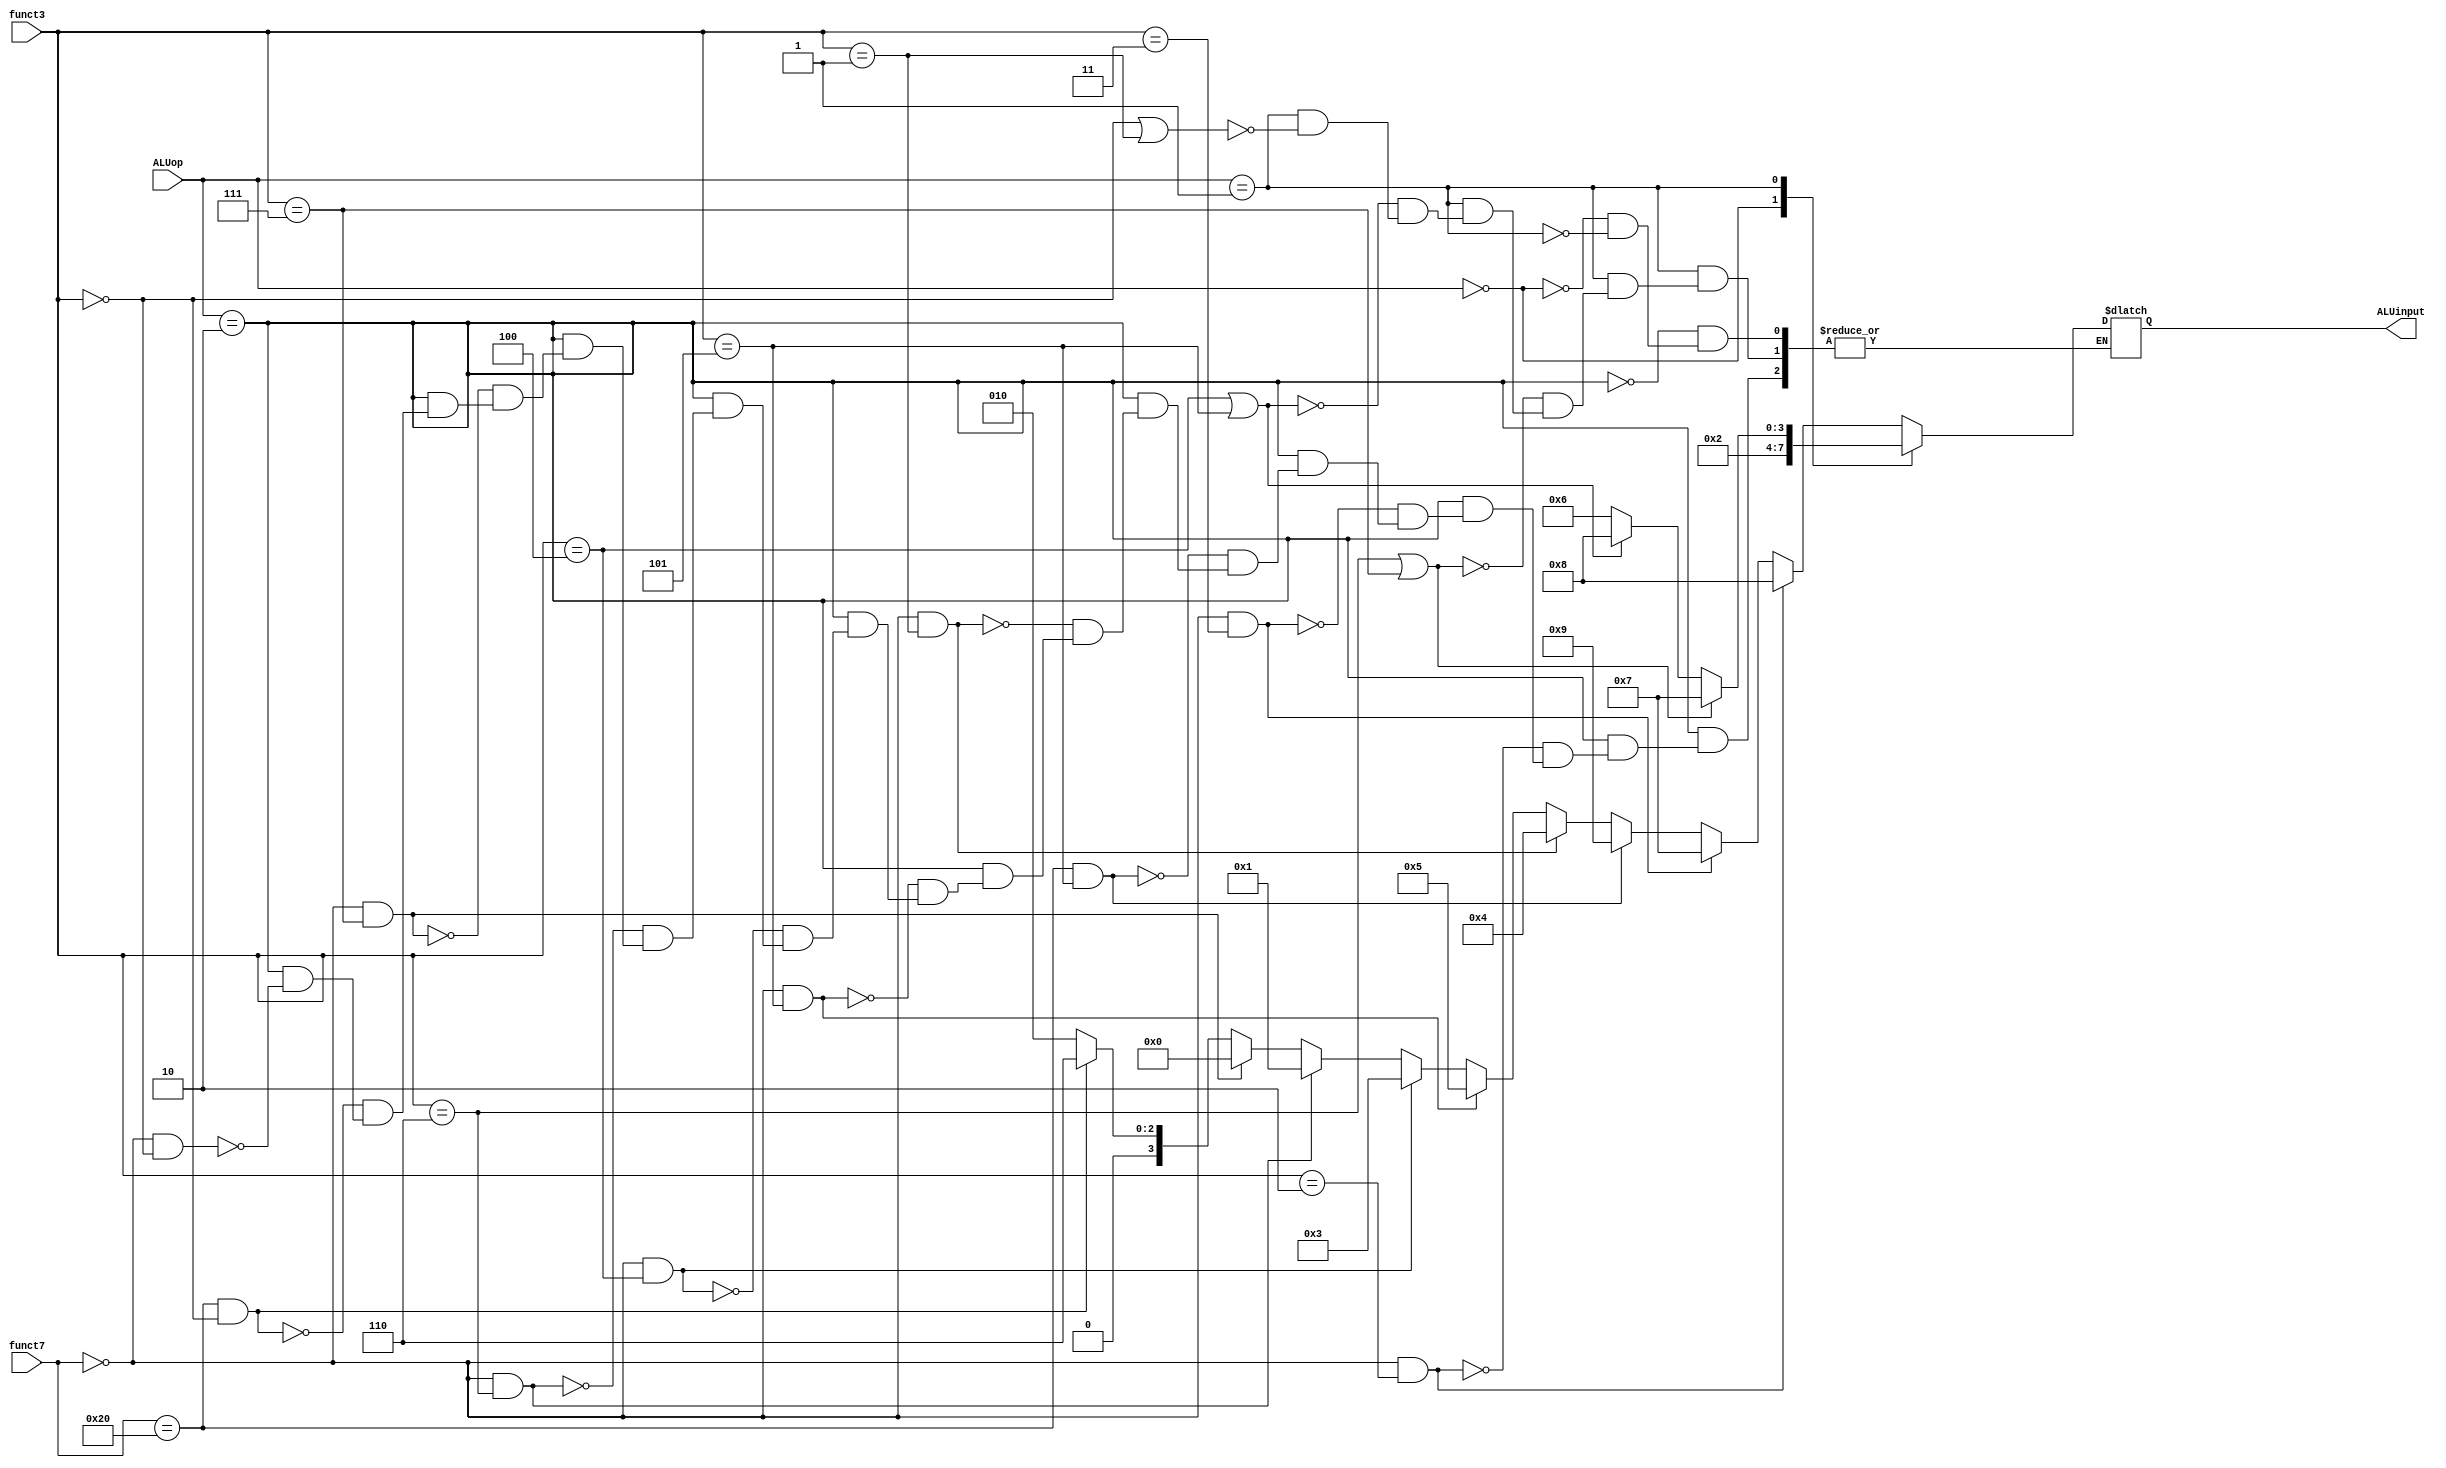
`timescale 1ns / 1ps
//////////////////////////////////////////////////////////////////////////////////
// Company: 
// Engineer: 
// 
// Design Name: 
// Module Name: ALUcontrol
// Project Name: 
// Target Devices: 
// Tool Versions: 
// Description: 
// 
// Dependencies: 
// 
// Revision:
// Revision 0.01 - File Created
// Additional Comments:
// 
//////////////////////////////////////////////////////////////////////////////////


module ALUcontrol(input [1:0] ALUop,
                  input [6:0] funct7,
                  input [2:0] funct3,
                  output reg [3:0] ALUinput);
    always @* begin
        case (ALUop)
        
            //R-type
            2'b10: begin
                
                //add
                if (funct7 == 7'b0000000 && funct3 == 3'b000) begin
                    ALUinput = 4'b0010;
                end
                
                //sub
                if (funct7 == 7'b0100000 && funct3 == 3'b000) begin
                    ALUinput = 4'b0110;
                end
                
                //and
                if (funct7 == 7'b0000000 && funct3 == 3'b111) begin
                    ALUinput = 4'b0000;
                end
                
                //or
                if (funct7 == 7'b0000000 && funct3 == 3'b110) begin
                    ALUinput = 4'b0001;
                end
                
                //xor
                if (funct7 == 7'b0000000 && funct3 == 3'b100) begin
                    ALUinput = 4'b0011;
                end
                
                //srl, srli
                if (funct7 == 7'b0000000 && funct3 == 3'b101) begin
                    ALUinput = 4'b0101;
                end
                
                //sll, slli
                if (funct7 == 7'b0000000 && funct3 == 3'b001) begin
                    ALUinput = 4'b0100;
                end
                
                //sra, srai
                if (funct7 == 7'b0100000 && funct3 == 3'b101) begin
                    ALUinput = 4'b1001;
                end
                
                //sltu
                if (funct7 == 7'b0000000 && funct3 == 3'b011) begin
                    ALUinput = 4'b0111;
                end
                
                //slt
                if (funct7 == 7'b0000000 && funct3 == 3'b010) begin
                    ALUinput = 4'b1000;
                end
            end
            
            //LD, SD
            2'b00: begin
                ALUinput = 4'b0010;
            end
            
            //BEQ
            2'b01: begin
            
                //beq, bne
                if (funct3 == 3'b000 || funct3 == 3'b001) begin
                    ALUinput = 4'b0110;
                end
                
                //blt, bge
                if (funct3 == 3'b100 || funct3 == 3'b101) begin
                    ALUinput = 4'b1000;
                end
                
                //bltu, bgeu
                if (funct3 == 3'b110 || funct3 == 3'b111) begin
                    ALUinput = 4'b0111;
                end  
            end           
        endcase
    end
endmodule